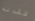
فقدته